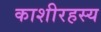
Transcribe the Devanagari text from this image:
काशीरहस्य